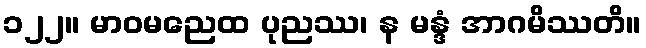
၁၂၂။ မာဝမညေထ ပုညဿ၊ န မန္ဒံ အာဂမိဿတိ။